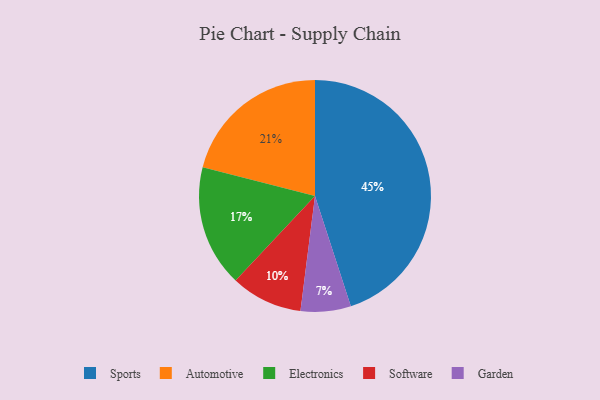
{"axis": {"x": "Category", "y": "Percentage"}, "legend": ["Automotive", "Electronics", "Garden", "Software", "Sports"], "data": [{"x": "Sports", "y": 45, "type": "Sports"}, {"x": "Electronics", "y": 17, "type": "Electronics"}, {"x": "Software", "y": 10, "type": "Software"}, {"x": "Garden", "y": 7, "type": "Garden"}, {"x": "Automotive", "y": 21, "type": "Automotive"}]}